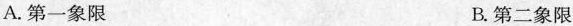
A.第一象限 B.第二象限